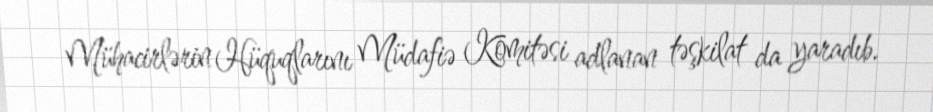
Mühacirlərin Hüquqlarını Müdafiə Komitəsi adlanan təşkilat da yaradıb.